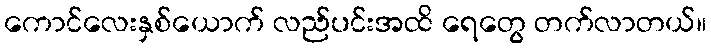
ကောင်လေးနှစ်ယောက် လည်ပင်းအထိ ရေတွေ တက်လာတယ်။